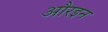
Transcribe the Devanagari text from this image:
औरइन